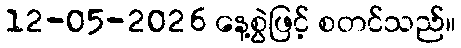
12-05-2026 နေ့စွဲဖြင့် စတင်သည်။